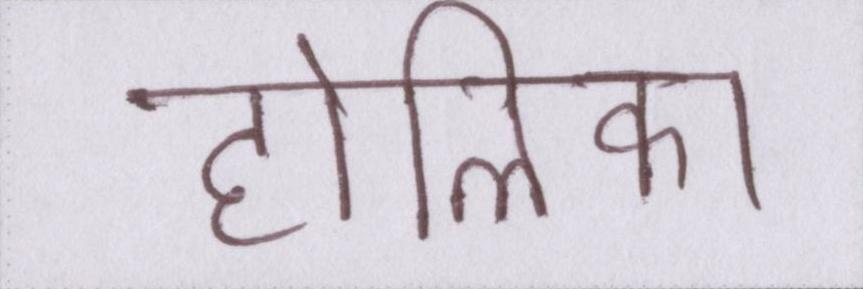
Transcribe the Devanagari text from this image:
होलिका